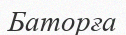
Баторға